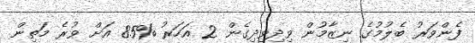
ފެންވަރު ބެލުމުގެ ނިޒާމުން ވިދިވިދިގެން 2 އަހަރު %85 އަށް ވުރެ މަތިން